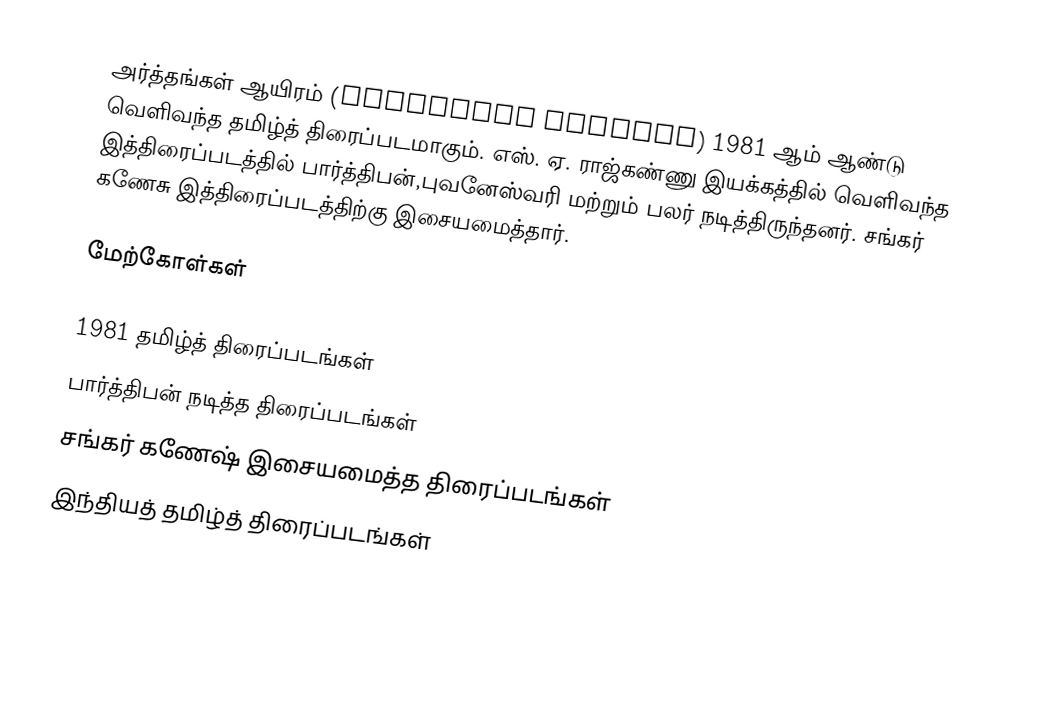
அர்த்தங்கள் ஆயிரம் (Arthangal Aayiram) 1981 ஆம் ஆண்டு வெளிவந்த தமிழ்த் திரைப்படமாகும். எஸ். ஏ. ராஜ்கண்ணு இயக்கத்தில் வெளிவந்த இத்திரைப்படத்தில் பார்த்திபன்,புவனேஸ்வரி மற்றும் பலர் நடித்திருந்தனர். சங்கர் கணேசு இத்திரைப்படத்திற்கு இசையமைத்தார்.

மேற்கோள்கள்

1981 தமிழ்த் திரைப்படங்கள்
பார்த்திபன் நடித்த திரைப்படங்கள்
சங்கர் கணேஷ் இசையமைத்த திரைப்படங்கள்
இந்தியத் தமிழ்த் திரைப்படங்கள்